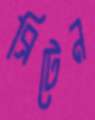
ব্রিটেন